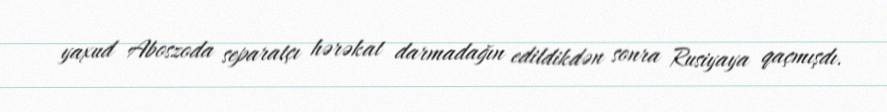
yaxud Aboszoda separatçı hərəkat darmadağın edildikdən sonra Rusiyaya qaçmışdı.